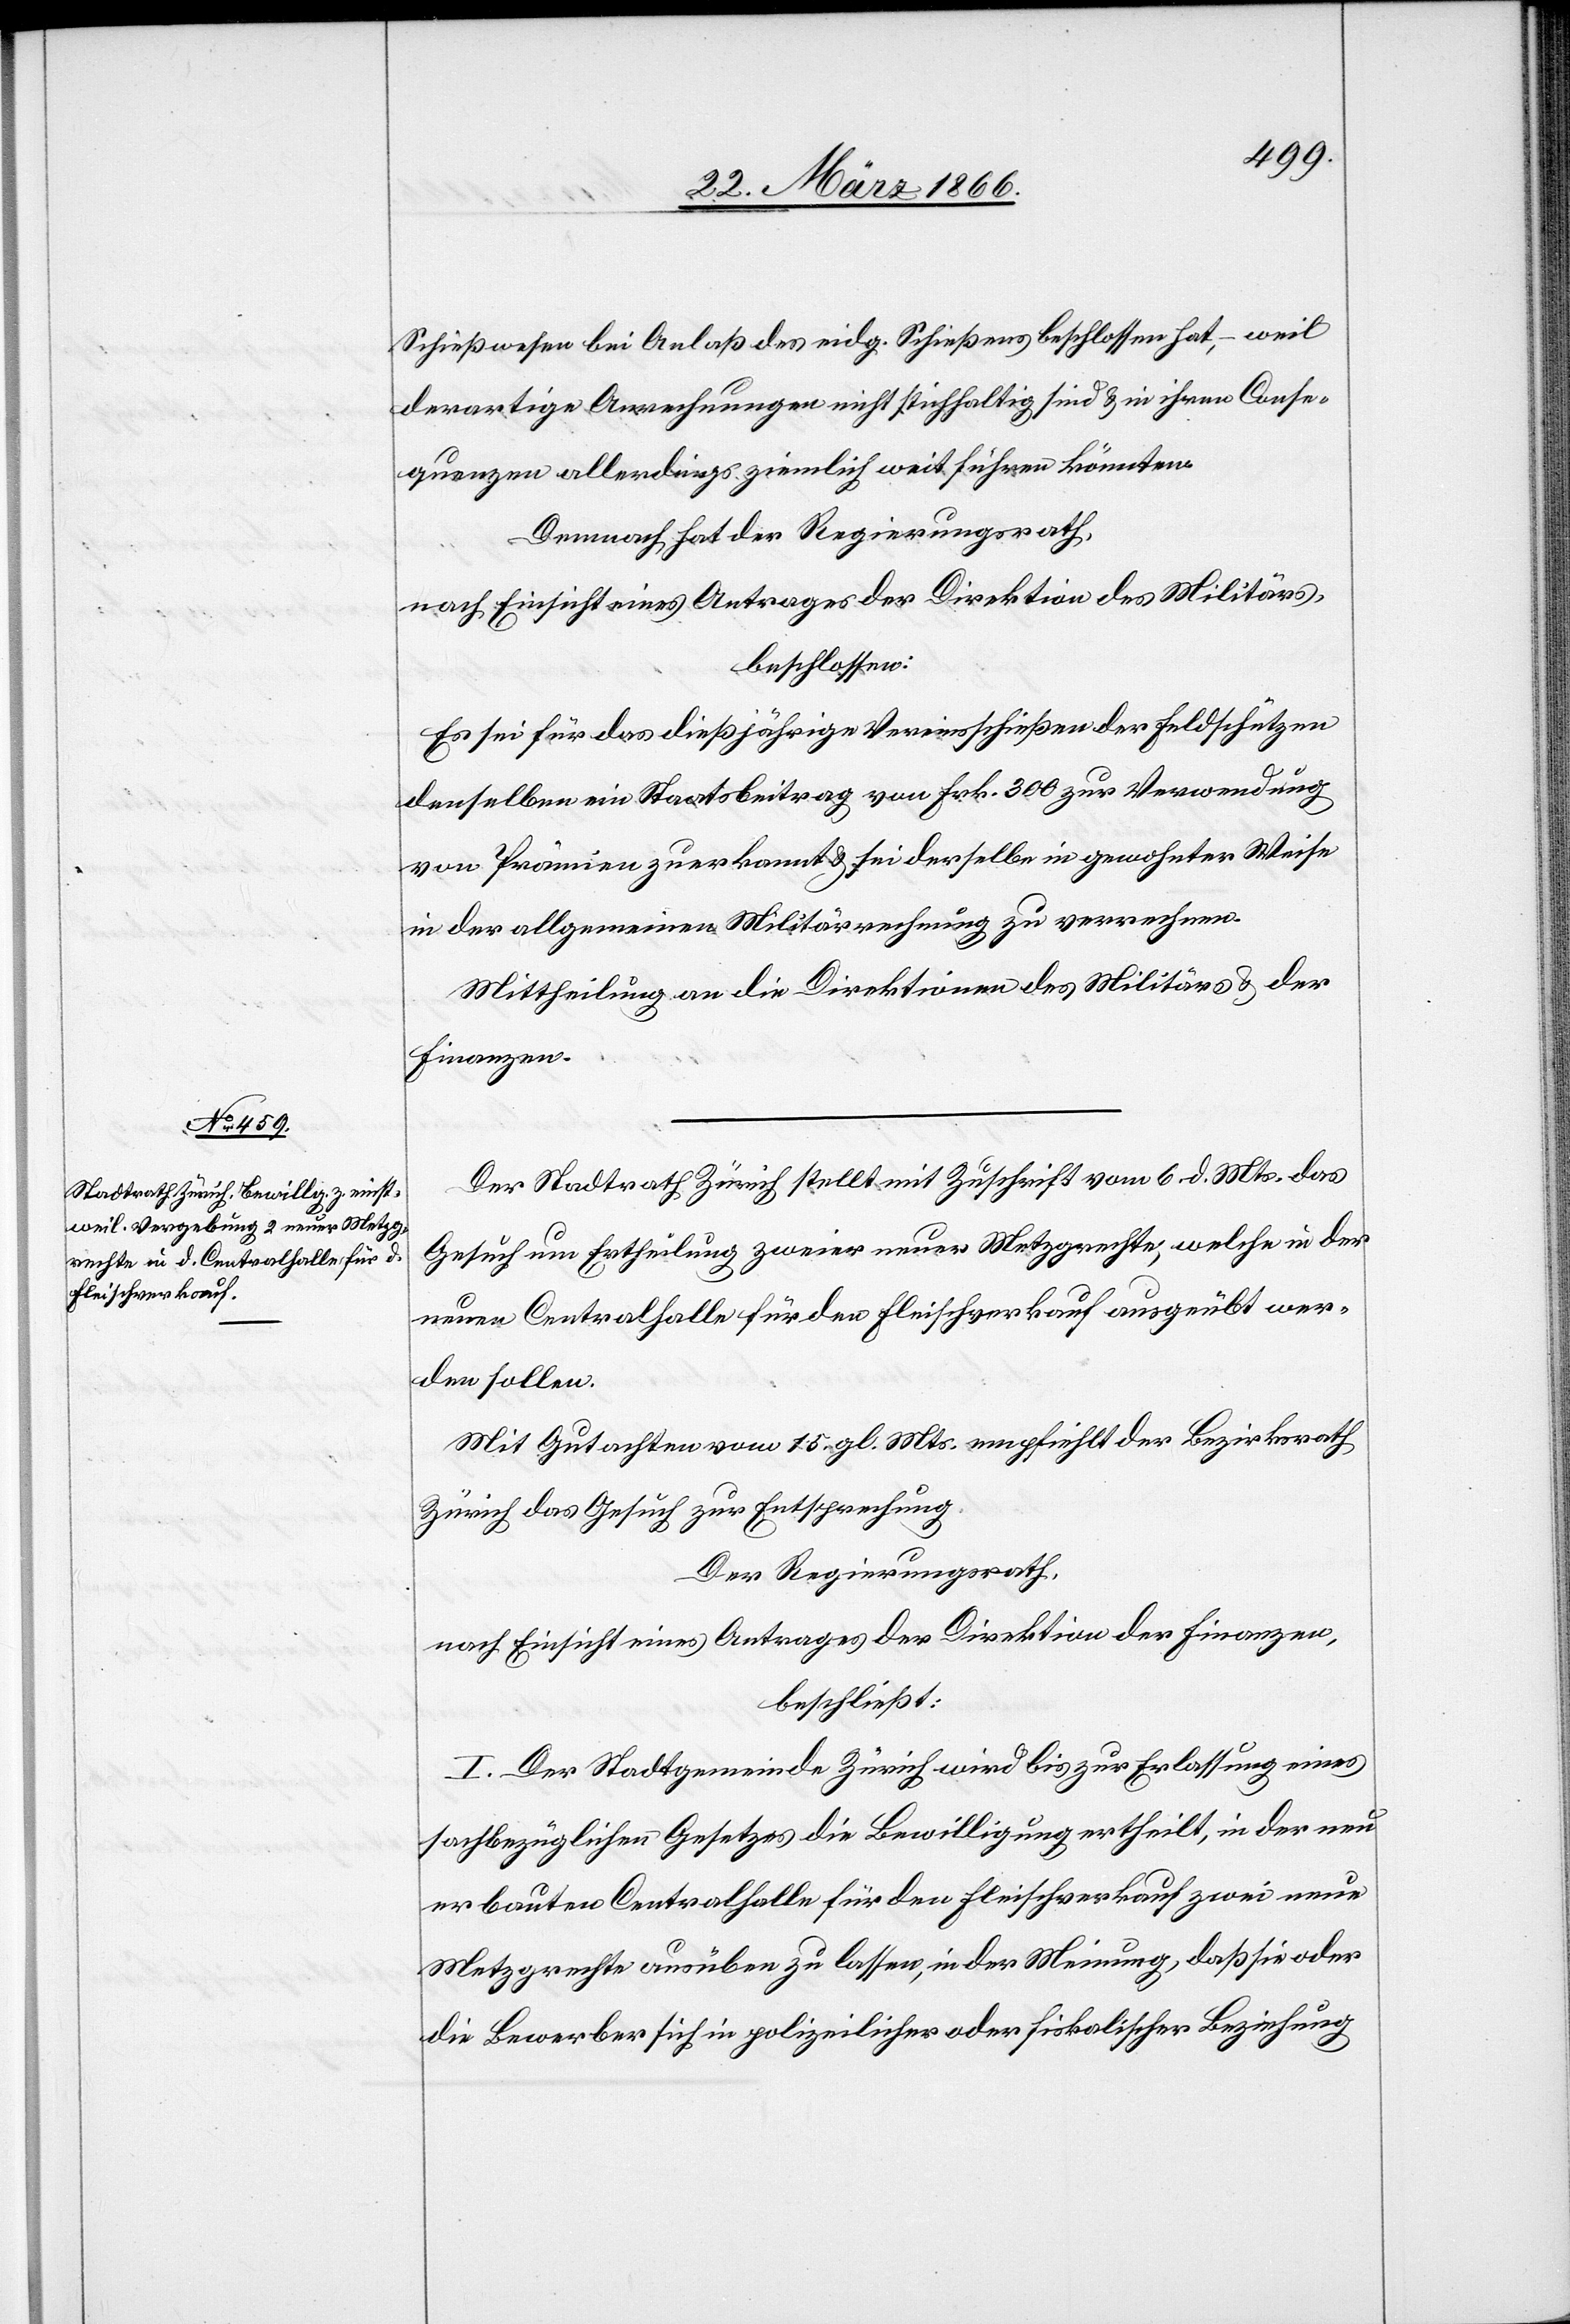
Schießwesen bei Anlaß des eidg. Schießens beschlossen hat, – weil
derartige Anrechnungen nicht stichhaltig sind u. in ihren Conse¬
quenzen allerdings ziemlich weit führen könnten.
Demnach hat der Regierungsrath,
nach Einsicht eines Antrages der Direktion des Militärs,
beschlossen:
Es sei für das dießjährige Vereinsschießen der Feldschützen
denselben ein Staatsbeitrag von Frk. 300 zur Verwendung
von Prämien zuerkannt u. sei derselbe in gewohnter Weise
in der allgemeinen Militärrechnung zu verrechnen.
Mittheilung an die Direktionen des Militärs u. der
Finanzen.
Der Stadtrath Zürich stellt mit Zuschrift vom 6. d. Mts. das
Gesuch um Ertheilung zweier neuer Metzgrechte, welche in der
neuen Centralstelle für den Fleischverkauf ausgeübt wer¬
den sollen.
Mit Gutachten vom 15. gl. Mts. empfiehlt der Bezirksrath
Zürich das Gesuch zur Entsprechung.
Der Regierungsrath,
nach Einsicht eines Antrages der Direktion der Finanzen,
beschließt:
I. Der Stadtgemeinde Zürich wird bis zur Erlassung eines
sachbezüglichen Gesetzes die Bewilligung ertheilt, in der neu
erbauten Centralstelle für den Fleischverkauf zwei neue
Metzgrechte ausüben zu lassen, in der Meinung, daß sie oder
die Bewerber sich in polizeilicher oder fiskalischer Beziehung